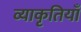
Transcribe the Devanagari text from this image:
व्याकृतियाँ